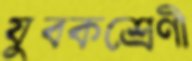
যুবকশ্রেণী